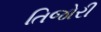
તિજોરી